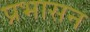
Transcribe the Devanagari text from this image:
प्रभासन